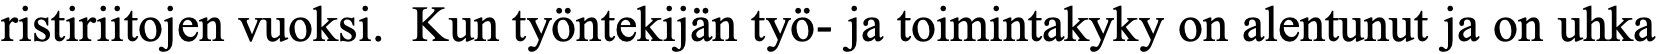
ristiriitojen vuoksi. Kun työntekijän työ- ja toimintakyky on alentunut ja on uhka